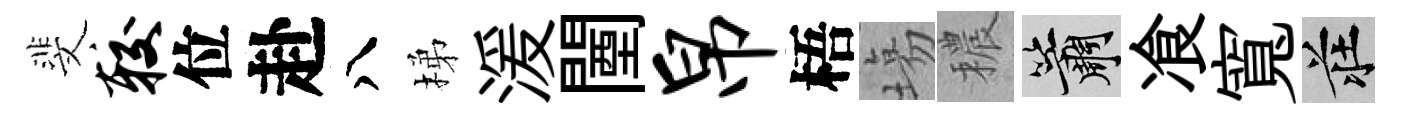
斐较位赴八梯湲闉帛梧塲穠簫飡寬莊